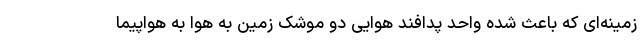
زمینه‌ای که باعث شده واحد پدافند هوایی دو موشک زمین به هوا به هواپیما